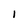
Character: I